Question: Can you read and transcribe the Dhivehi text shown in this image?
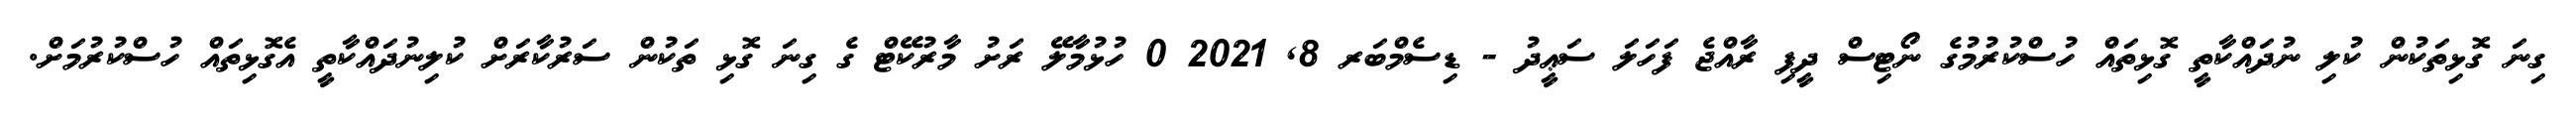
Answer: ގިނަ ގޮޅިތަކުން ކުލި ނުދައްކާތީ ގޮޅިތައް ހުސްކުރުމުގެ ނޯޓިސް ދީފި ރާއްޖެ ފަހަލަ ސަޢީދު - ޑިސެމްބަރ 8, 2021 0 ހުޅުމާލޭ ރަށު މާރުކޭޓް ގެ ގިނަ ގޮޅި ތަކުން ސަރުކާރަށް ކުލިނުދައްކާތީ އެގޮޅިތައް ހުސްކުރުމަށް.